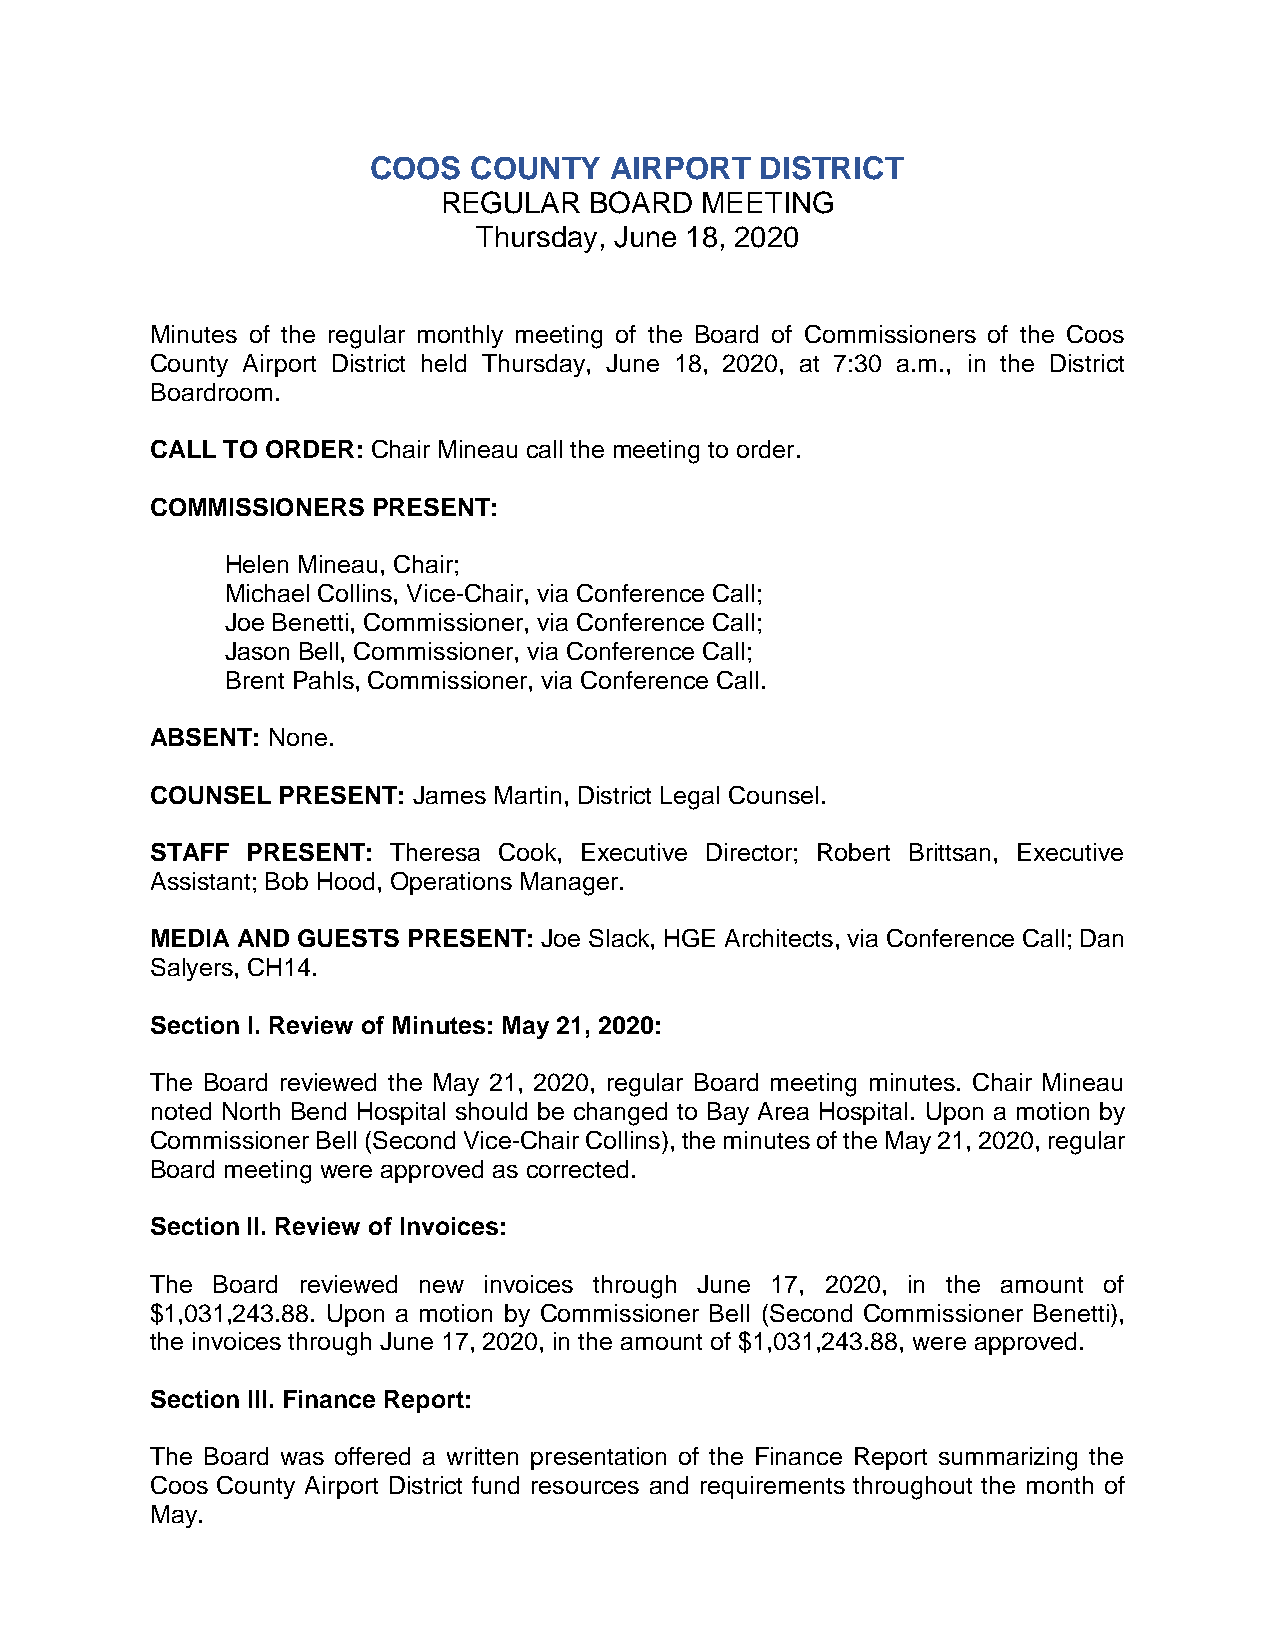
COOS   COUNTY   AIRPORT   DISTRICT
 REGULAR   BOARD  MEETING
 Thursday, June 18, 2020
 Minutes of the regular monthly meeting of the Board of Commissioners of the Coos
 County Airport District held Thursday, June 18, 2020, at 7:30 a.m., in the District
 Boardroom.
 CALL TO ORDER: Chair Mineau call the meeting to order.
 COMMISSIONERS  PRESENT:
 Helen Mineau, Chair;
 Michael Collins, Vice-Chair, via Conference Call;
 Joe Benetti, Commissioner, via Conference Call;
 Jason Bell, Commissioner, via Conference Call;
 Brent Pahls, Commissioner, via Conference Call.
 ABSENT: None.
 COUNSEL PRESENT: James Martin, District Legal Counsel.
 STAFF PRESENT:  Theresa Cook, Executive Director; Robert Brittsan, Executive
 Assistant; Bob Hood, Operations Manager.
 MEDIA AND GUESTS PRESENT: Joe Slack, HGE Architects, via Conference Call; Dan
 Salyers, CH14.
 Section I. Review of Minutes: May 21, 2020:
 The Board reviewed the May 21, 2020, regular Board meeting minutes. Chair Mineau
 noted North Bend Hospital should be changed to Bay Area Hospital. Upon a motion by
 Commissioner Bell (Second Vice-Chair Collins), the minutes of the May 21, 2020, regular
 Board meeting were approved as corrected.
 Section II. Review of Invoices:
 The Board reviewed new invoices through June 17, 2020, in the amount of
 $1,031,243.88. Upon a motion by Commissioner Bell (Second Commissioner Benetti),
 the invoices through June 17, 2020, in the amount of $1,031,243.88, were approved.
 Section III. Finance Report:
 The Board was offered a written presentation of the Finance Report summarizing the
 Coos County Airport District fund resources and requirements throughout the month of
 May.